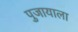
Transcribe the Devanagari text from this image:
पुजायाला